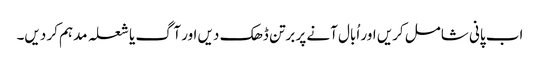
اب پانی شامل کریں اور اُبال آنے پر برتن ڈھک دیں اور آگ یا شعلہ مدہم کر دیں۔